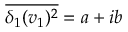
\overline { { \delta _ { 1 } ( v _ { 1 } ) ^ { 2 } } } = a + i b